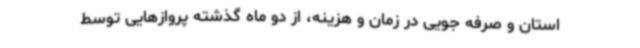
استان و صرفه جویی در زمان و هزینه، از دو ماه گذشته پروازهایی توسط